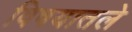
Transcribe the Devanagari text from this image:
विषयातले